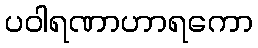
ပဝါရဏာဟာရကော